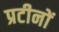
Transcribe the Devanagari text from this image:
प्रटीनों